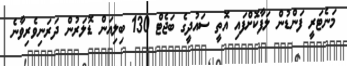
މަނެޓަރީ ފަންޑުން ލަފާކޮށްފައި އޮތީ ސައުދީގެ ބަޖެޓް 130 ބިލިއަން ޑޮލަރުން ދަރަނިވެރިވާނެ